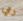
رمي